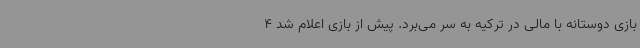
بازی دوستانه با مالی در ترکیه به سر می‌برد. پیش از بازی اعلام شد 4